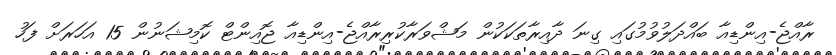
ރާއްޖެ-އިންޑިއާ ބައްދަލުވުމުގައި ގިނަ ދާއިރާތަކަކުން މަޝްވަރާކުރިރާއްޖެ-އިންޑިއާ ޖޮއިންޓް ކޮމިޝަނުން 15 އަހަރަށް ފަހު